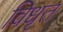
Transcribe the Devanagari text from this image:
विधृत